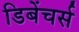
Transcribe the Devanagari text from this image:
डिबेंचर्स